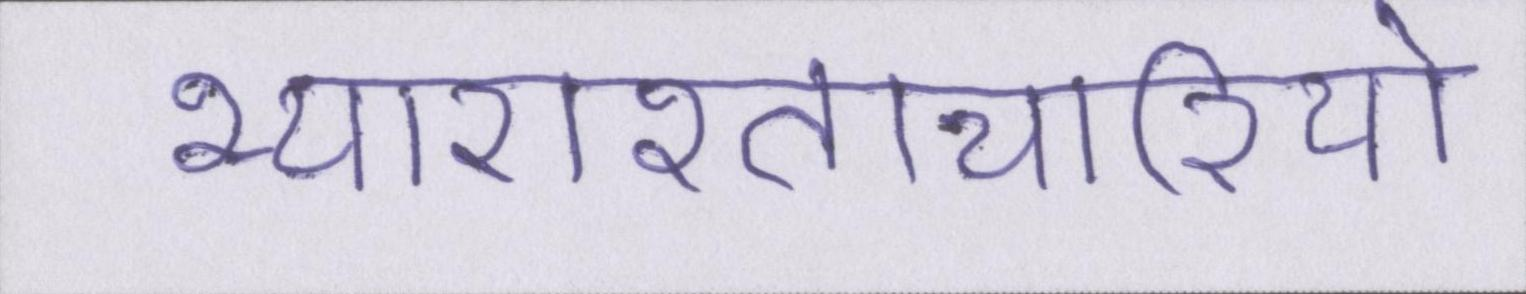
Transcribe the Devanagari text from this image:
भ्याराश्ताचारियो